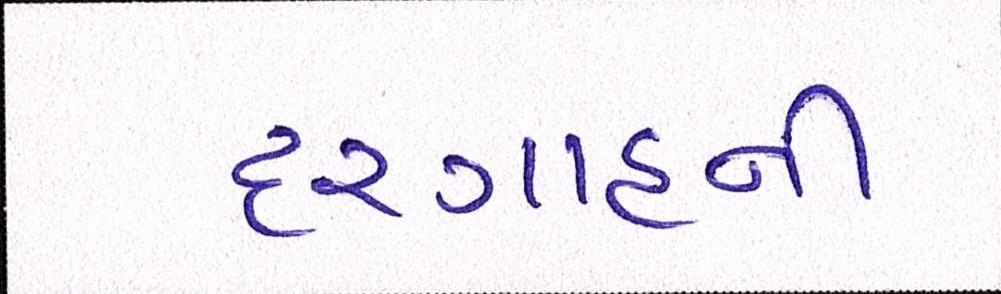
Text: દરગાહની